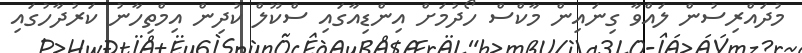
މުދައްރިސުން ލައްވާ ގިނައިން މާކްސް ހޯދުމަށް އިންޑިއާގައި ސްކޫލް ކުދިން އިމްތިހާނު ކަރުދާހުގައި